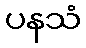
ပနသံ